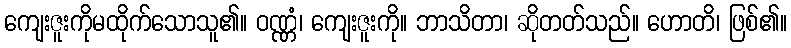
ကျေးဇူးကိုမထိုက်သောသူ၏။ ဝဏ္ဏံ၊ ကျေးဇူးကို။ ဘာသိတာ၊ ဆိုတတ်သည်။ ဟောတိ၊ ဖြစ်၏။